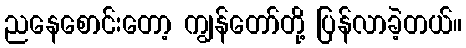
ညနေစောင်းတော့ ကျွန်တော်တို့ ပြန်လာခဲ့တယ်။